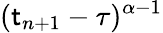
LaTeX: (\mathsf{t}_{n+1}-\tau)^{\alpha-1}